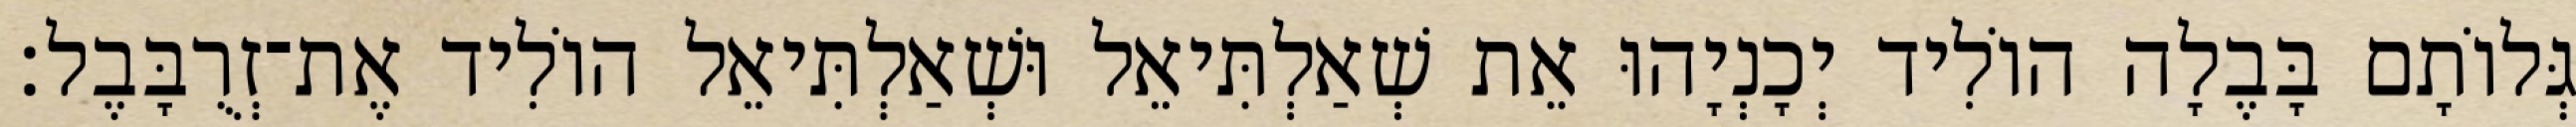
גְּלוֹתָם בָּבֶלָה הוֹלִיד יְכָנְיָהוּ אֵת שְׁאַלְתִּיאֵל וּשְׁאַלְתִּיאֵל הוֹלִיד אֶת־זְרֻבָּבֶל׃